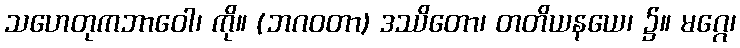
သဟေတုကဘာဝေါ၊ ကို။ (ဘဂဝတာ) ဒဿိတော၊ တတိယနယေ၊ ၌။ မဂ္ဂေ၊